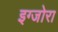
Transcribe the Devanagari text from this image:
इग्जोरा